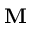
\mathbf { M }